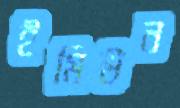
ইমিউন